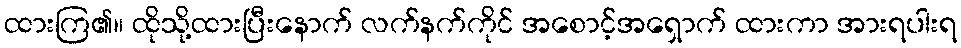
ထားကြ၏။ ထိုသို့ထားပြီးနောက် လက်နက်ကိုင် အစောင့်အရှောက် ထားကာ အားရပါးရ